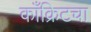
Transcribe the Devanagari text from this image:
काँक्रिटचा